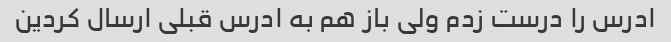
ادرس را درست زدم ولی باز هم به ادرس قبلی ارسال کردین